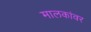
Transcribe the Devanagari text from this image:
मालकांवर